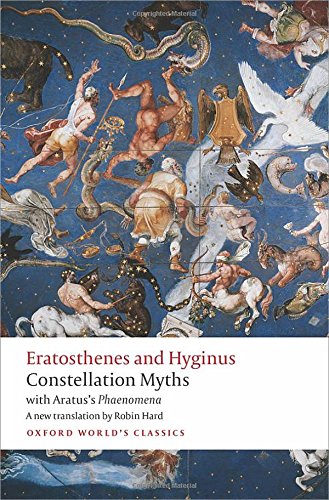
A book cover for Constellation Myths: with Aratus's Phaenomena (Oxford World's Classics); Eratosthenes; Literature & Fiction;